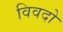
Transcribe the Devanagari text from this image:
विवदो